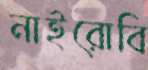
নাইরোবি